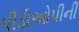
પીડીઓપીની